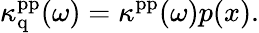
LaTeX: \kappa_{\mathrm{q}}^{\mathrm{pp}}(\omega)=\kappa^{\mathrm{pp}}(\omega)p(x).